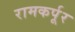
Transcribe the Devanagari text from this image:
रामकर्पूर